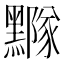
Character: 𪒛